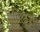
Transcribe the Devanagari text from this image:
लिउशा